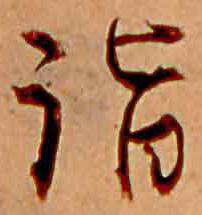
詣